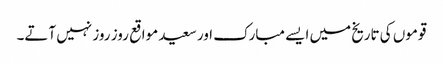
قوموں کی تاریخ میں ایسے مبارک اور سعید مواقع روز روز نہیں آتے۔